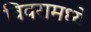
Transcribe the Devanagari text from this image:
विवरामध्ये